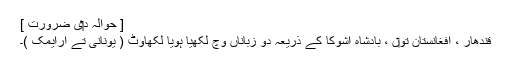
[ حوالہ د‏‏ی ضرورت ]
قندھار ، افغانستان تو‏ں ، بادشاہ اشوکا کے ذریعہ دو زباناں وچ لکھیا ہويا لکھاوٹ ( یونانی تے ارایمک )۔